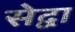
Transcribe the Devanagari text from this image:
सेद्वा